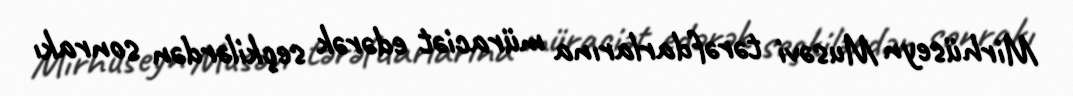
Mirhüseyn Musəvi tərəfdarlarına müraciət edərək seçkilərdən sonrakı